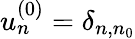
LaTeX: u_{n}^{(0)}=\delta_{n,n_{0}}